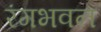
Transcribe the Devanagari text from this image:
रंगभवन